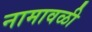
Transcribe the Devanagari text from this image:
नामावळी